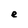
Character: e